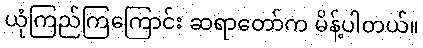
ယုံကြည်ကြကြောင်း ဆရာတော်က မိန့်ပါတယ်။